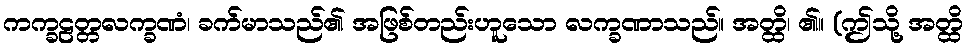
ကက္ခဠတ္တလက္ခဏံ၊ ခက်မာသည်၏ အဖြစ်တည်းဟူသော လက္ခဏာသည်။ အတ္ထိ၊ ၏။ (ဤသို့ အတ္ထိ